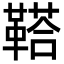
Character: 鞳